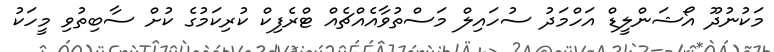
މަކުނުދޫ އޯޝަންލީޑް އަހްމަދު ސުހައިލް މަސްތުވާއެއްޗެއް ޓްރެފިކް ކުރިކަމުގެ ކުށް ސާބިތުވި މީހަކު